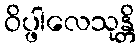
ဝိပ္ဖါလေသုန္တိ